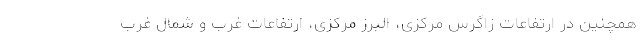
همچنین در ارتفاعات زاگرس مرکزی، البرز مرکزی، ارتفاعات غرب و شمال غرب